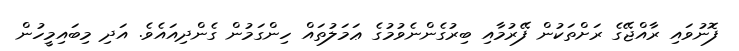
ފޮނުވައި ރާއްޖޭގެ ރަށްތަކުން ފޭރުމާއި ބިރުގެންނެވުމުގެ ޢަމަލުތައް ހިންގަމުން ގެންދިއައެވެ. އަދި މިބައިމީހުން